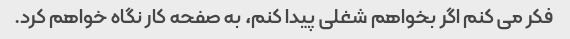
فکر می کنم اگر بخواهم شغلی پیدا کنم، به صفحه کار نگاه خواهم کرد.